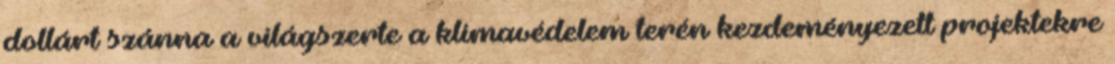
dollárt szánna a világszerte a klímavédelem terén kezdeményezett projektekre